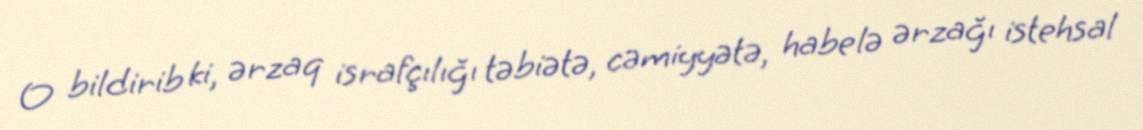
O bildirib ki, ərzaq israfçılığı təbiətə, cəmiyyətə, habelə ərzağı istehsal